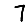
Digit: 7